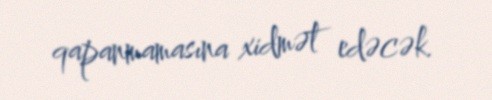
qapanmamasına xidmət edəcək.